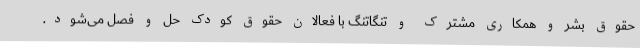
حقوق بشر و همکاری مشترک و تنگاتنگ با فعالان حقوق کودک حل و فصل می‌شود.